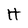
Character: H